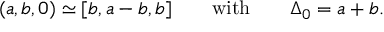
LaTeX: ( a , b , 0 ) \simeq [ b , a - b , b ] \qquad \mathrm { w i t h } \qquad \Delta _ { 0 } = a + b .